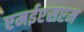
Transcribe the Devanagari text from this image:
एमईएसएम